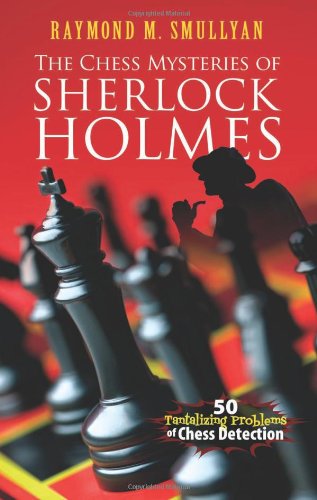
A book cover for The Chess Mysteries of Sherlock Holmes: Fifty Tantalizing Problems of Chess Detection (Dover Recreational Math); Raymond M. Smullyan; Humor & Entertainment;